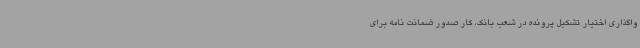
واگذاری اختیار تشکیل پرونده در شعب بانک، کار صدور ضمانت نامه برای